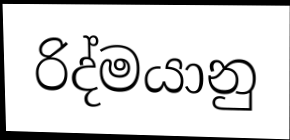
රිද්මයානු